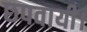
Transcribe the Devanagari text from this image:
छपवायी।